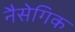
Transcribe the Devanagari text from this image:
नैसेगिक